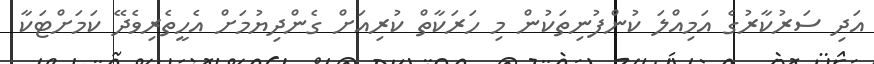
އަދި ސަރުކާރުގެ އަމިއްލަ ކުންފުނިތަކުން މި ހަރަކާތް ކުރިއަށް ގެންދިޔުމަށް އެހީތެރިވެދޭ ކަމަށްޓަކާ